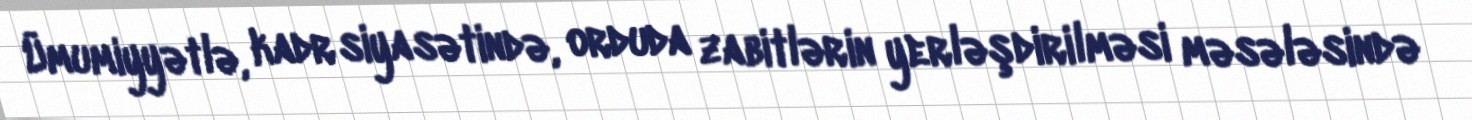
Ümumiyyətlə, kadr siyasətində, orduda zabitlərin yerləşdirilməsi məsələsində